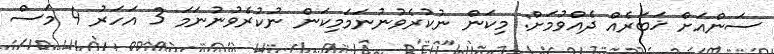
ސަންއަށް ޚަބަރެއް ދެއްވުމަށް: މިކަން ނުކުރެވުނުނަމަމިކަން ނުކުރެވުނުނަމަ 3 އަހަރު 4 މަސް